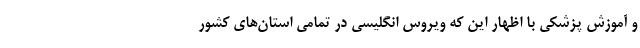
و آموزش پزشکی با اظهار این که ویروس انگلیسی در تمامی استان‌های کشور